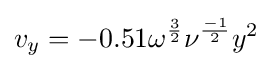
v_{y}=-0.51\omega ^{\frac {3}{2}}\nu ^{\frac {-1}{2}}y^{2}